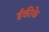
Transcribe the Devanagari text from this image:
ईकीके